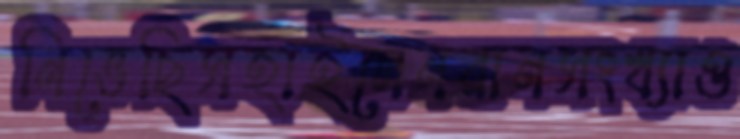
নিভেছিসহাইলেনরানসংখ্যাও